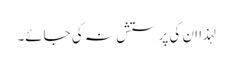
لہذا ان کی پرستش نہ کی جائے۔